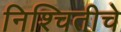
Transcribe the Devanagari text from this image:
निश्चितीचे